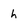
Character: h